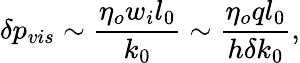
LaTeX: \delta{p}_{vis}\sim\frac{\eta_{o}w_{i}l_{0}}{k_{0}}\sim\frac{\eta_{o}ql_{0}}{h\delta k_{0}},